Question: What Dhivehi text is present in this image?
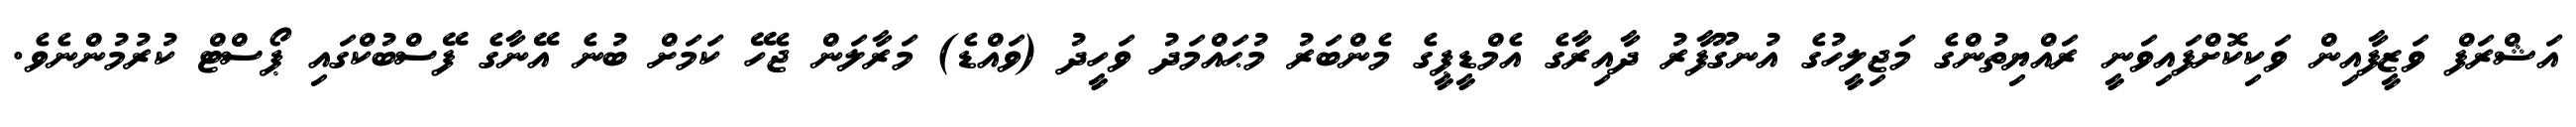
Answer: އަޝްރަފް ވަޒީފާއިން ވަކިކޮށްފައިވަނީ ރައްޔިތުންގެ މަޖިލީހުގެ އުނގޫފާރު ދާއިރާގެ އެމްޑީޕީގެ މެންބަރު މުޙައްމަދު ވަހީދު (ވައްޑެ) މަރާލަން ޖެހޭ ކަމަށް ބުނެ އޭނާގެ ފޭސްބުކްގައި ޕޯސްޓް ކުރުމުންނެވެ.